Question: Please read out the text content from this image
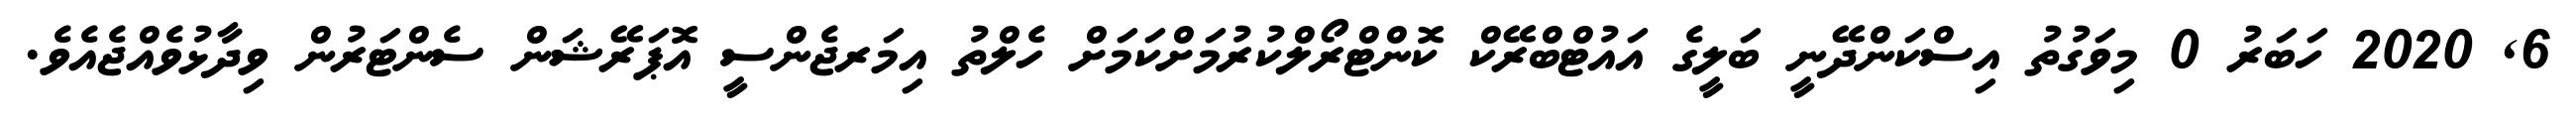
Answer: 6, 2020 ހަބަރު 0 މިވަގުތު އިސްކަންދޭނީ ބަލީގެ އައުޓްބްރޭކް ކޮންޓްރޯލްކުރުމަށްކަމަށް ހެލްތު އިމަރޖެންސީ އޮޕަރޭޝަން ސެންޓަރުން ވިދާޅުވެއްޖެއެވެ.